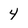
Character: 4